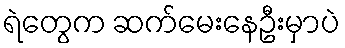
ရဲတွေက ဆက်မေးနေဦးမှာပဲ